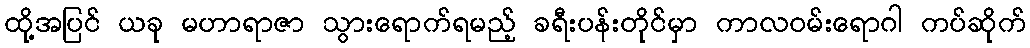
ထို့အပြင် ယခု မဟာရာဇာ သွားရောက်ရမည့် ခရီးပန်းတိုင်မှာ ကာလဝမ်းရောဂါ ကပ်ဆိုက်